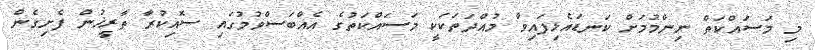
މި މަސައްކަތް ނިންމުމަށް ކަނޑައެޅިފައިވާ މުއްދަތަކަކީ މަސައްކަތުގެ އެއްބަސްވުމުގައި ސޮއިކުރާ ތާރީޚުން ފެށިގެން